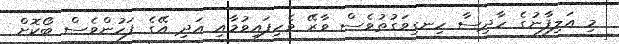
މި އަލިފާނުގެ ހާދިސާ ހިނގިވަގުތުވެސް ވާރޭ ވެހިފައިވުމާއި އަދި އޭގެ ފަހުންވެސް ބޯކޮށް